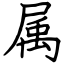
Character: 属